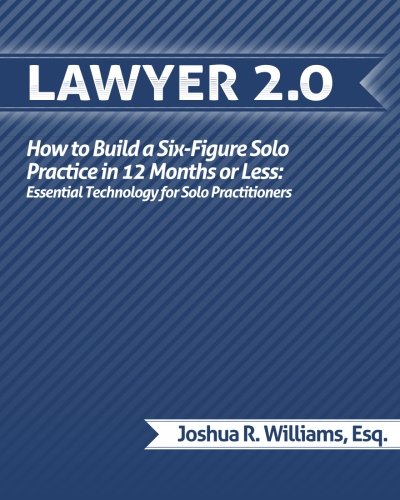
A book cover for Lawyer 2.0: How to Build a Six-Figure Solo Practice in 12 Months or Less: Essential Technology for Solo Practitioners; Joshua R. Williams; Law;